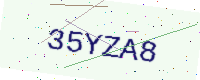
Text: 35YZA8